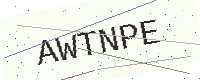
Text: AWTNPE